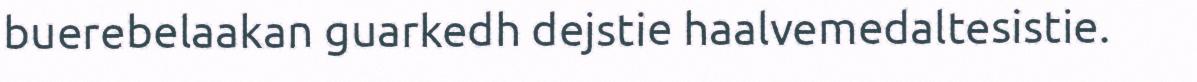
buerebelaakan guarkedh dejstie haalvemedaltesistie.